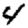
Digit: 4